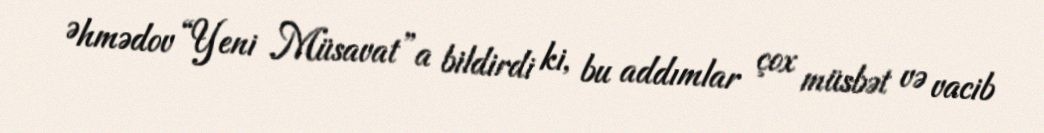
Əhmədov “Yeni Müsavat”a bildirdi ki, bu addımlar çox müsbət və vacib